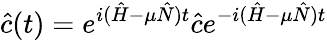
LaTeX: \hat{c}(t)=e^{i(\hat{H}-\mu\hat{N})t}\hat{c}e^{-i(\hat{H}-\mu\hat{N})t}